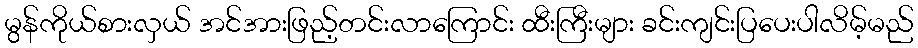
မွန်ကိုယ်စားလှယ် အင်အားဖြည့်တင်းလာကြောင်း ထီးကြီးများ ခင်းကျင်းပြပေးပါလိမ့်မည်